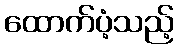
ထောက်ပံ့သည့်